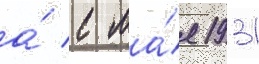
а́ с ма́я 1931